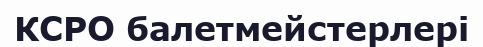
КСРО балетмейстерлері